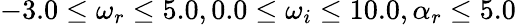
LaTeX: -3.0\le\omega_{r}\le 5.0,0.0\le\omega_{i}\le 10.0,\alpha_{r}\le 5.0